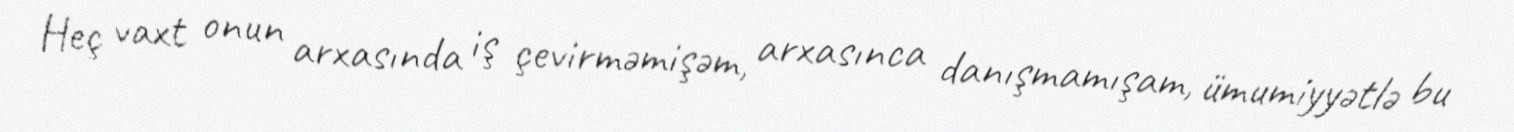
Heç vaxt onun arxasında iş çevirməmişəm, arxasınca danışmamışam, ümumiyyətlə bu